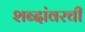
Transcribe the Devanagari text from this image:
शब्दांवरची